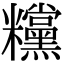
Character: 𥽻